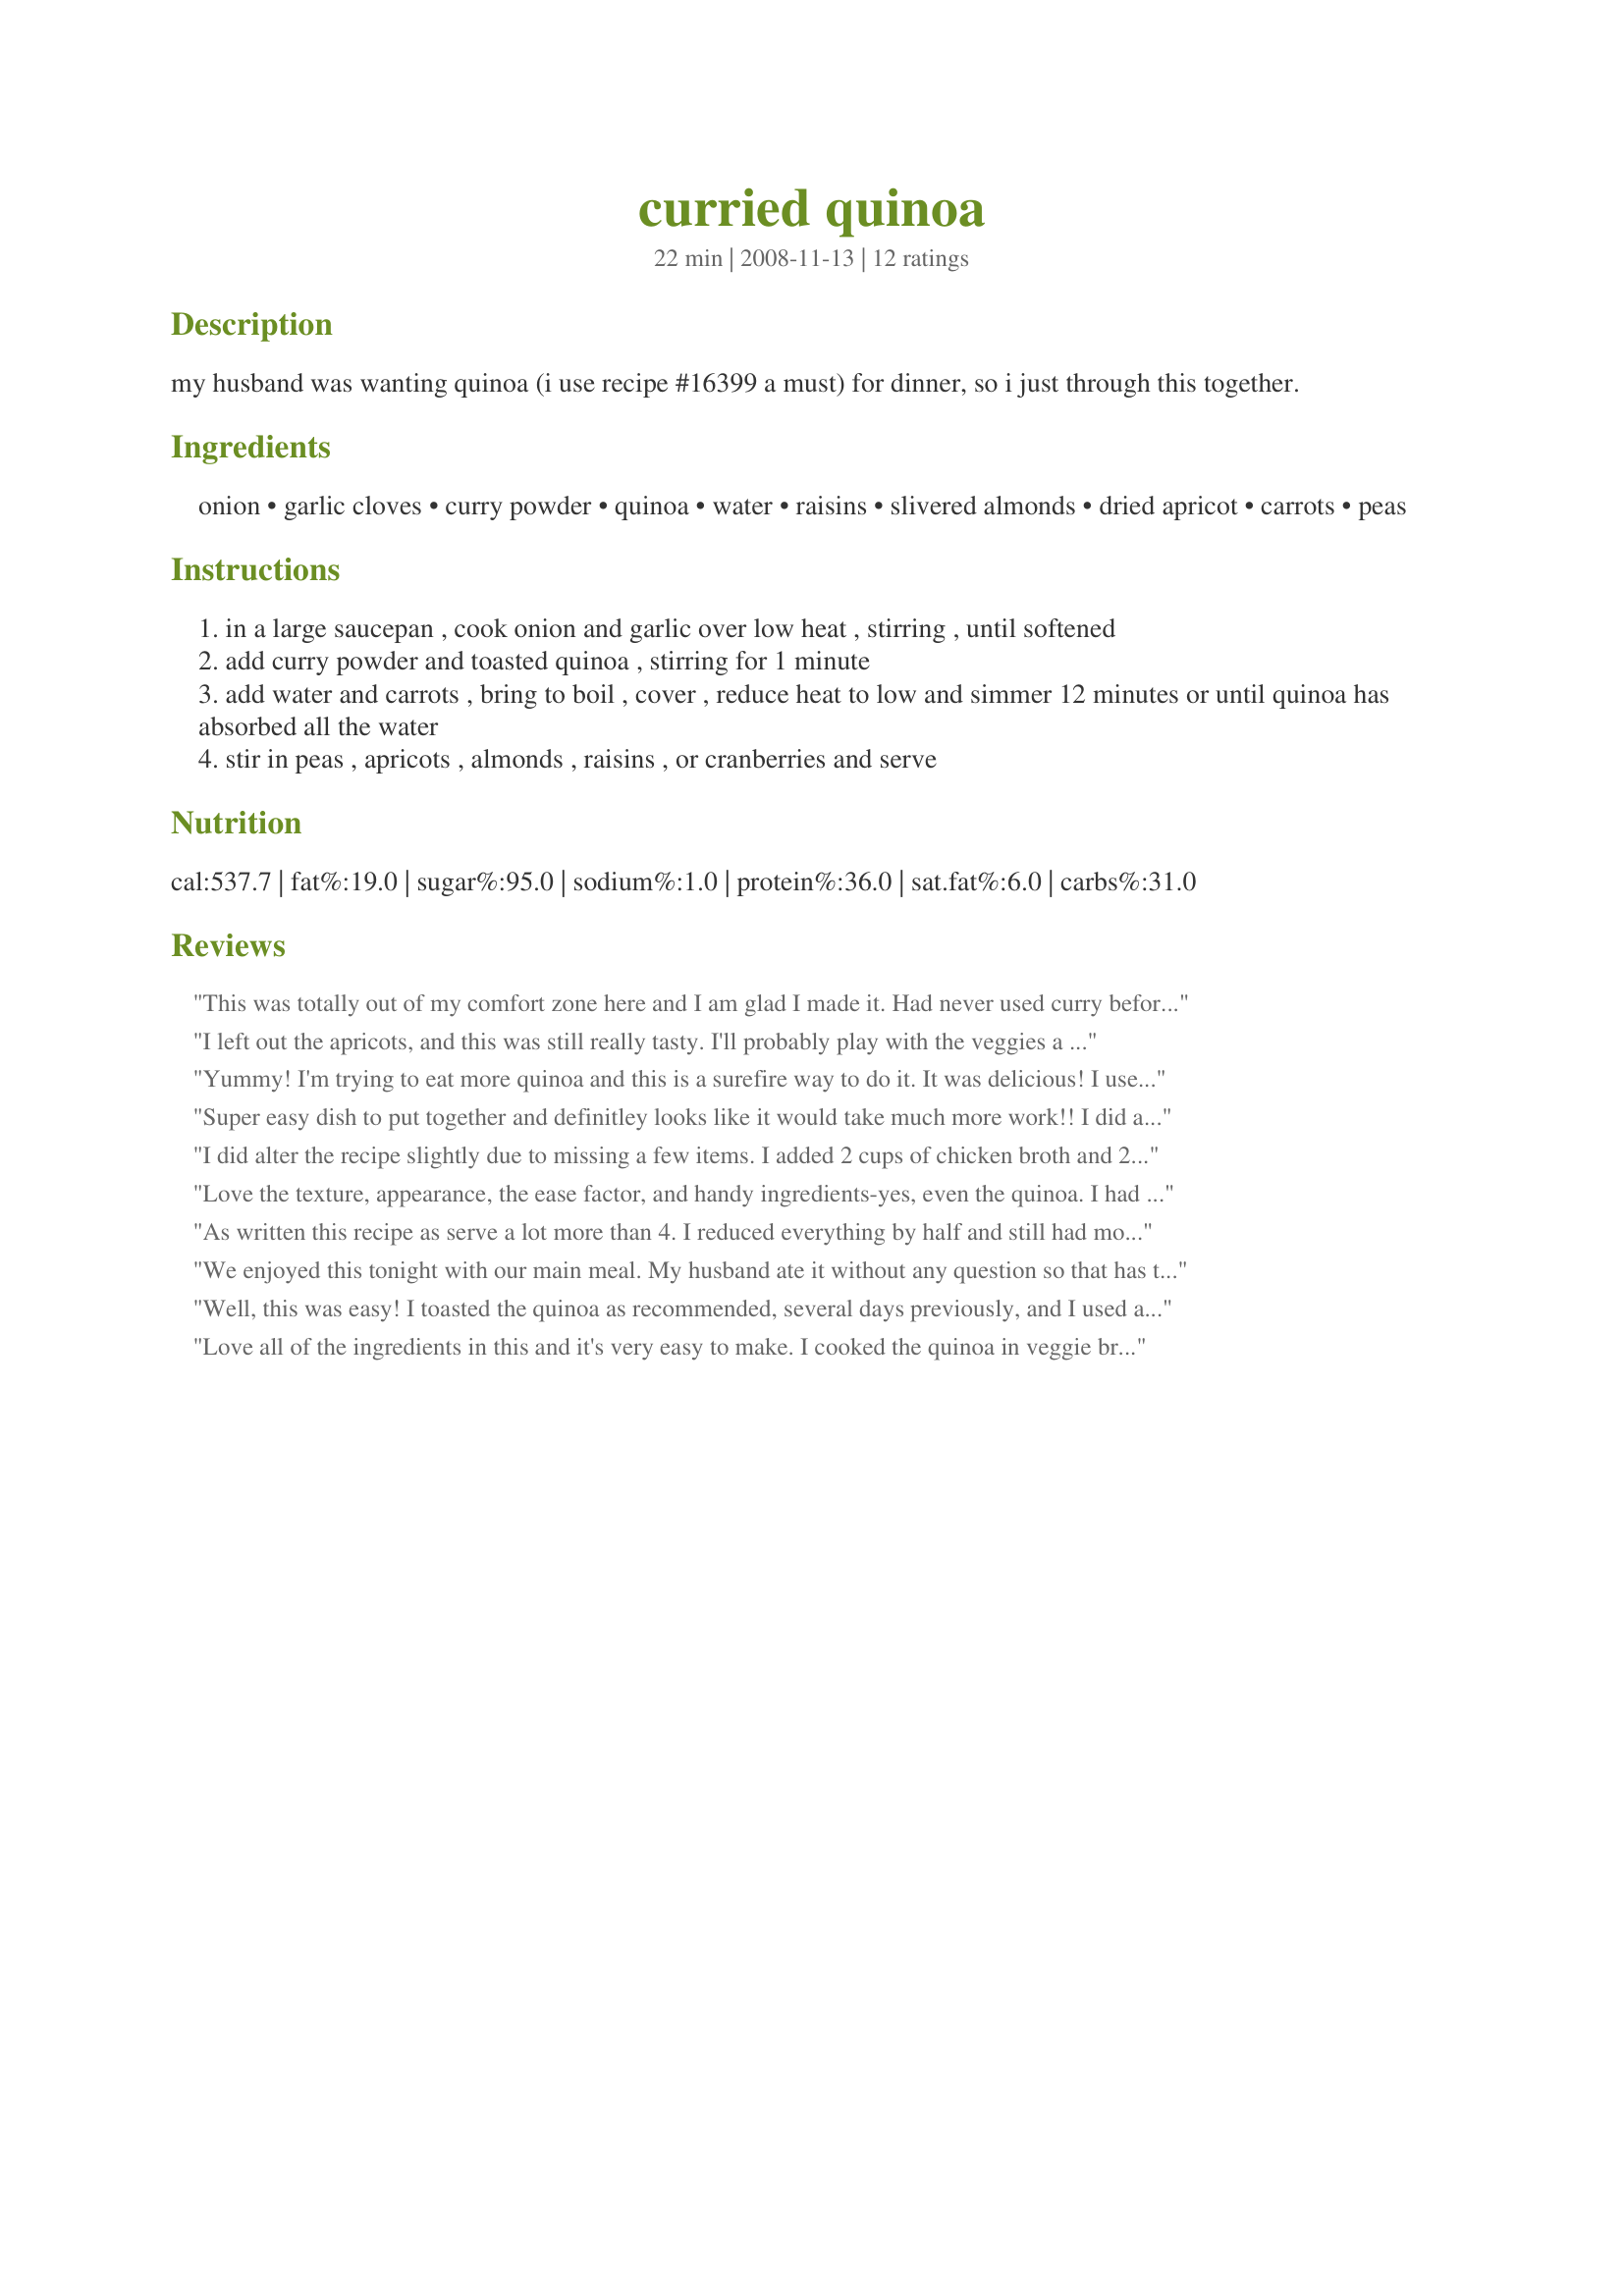
curried quinoa
Preparation time: 22 minutes

my husband was wanting quinoa (i use recipe #16399 a must) for dinner, so i just through this together.

Ingredients:
onion, garlic cloves, curry powder, quinoa, water, raisins, slivered almonds, dried apricot, carrots, peas

Steps:
in a large saucepan , cook onion and garlic over low heat , stirring , until softened
add curry powder and toasted quinoa , stirring for 1 minute
add water and carrots , bring to boil , cover , reduce heat to low and simmer 12 minutes or until quinoa has absorbed all the water
stir in peas , apricots , almonds , raisins , or cranberries and serve

Reviews:
This was totally out of my comfort zone here and I am glad I made it. Had never used curry before (I'm a tried and true American mid-westerner) so I went out and bought some specifically for this recipe. I did toast my quinoa as recommended and the recipe worked out great as written. I loved the fruit and the nuts. . .would probably have left out the peas, but it did add some green to my lunch today :) I added Seasoning Salt at the end. Made for VEG*N TAG. Thanks.
I left out the apricots, and this was still really tasty. I'll probably play with the veggies a bit more next time. This was my first attempt at making quinoa, and it was definitely a success!
Yummy! I'm trying to eat more quinoa and this is a surefire way to do it. It was delicious! I used walnuts instead of almonds and left out the peas. I also didn't cook the carrots. I used Recipe #16399 for the roasted quinoa. It did need some salt and pepper for us. Will make again. Made for Newest Recipe Tag Game 2009.
Super easy dish to put together and definitley looks like it would take much more work!! I did add 1 tablespoon curry paste in addition to the curry powder for DH's enjoyment and we threw on a bit of season salt. I think next time we will play with the veggies...CheekyMommy suggested zucchini and that might be one to try. Very simple, quick, and tasty! Made for Veg*n Swap 26!!
I did alter the recipe slightly due to missing a few items. I added 2 cups of chicken broth and 2 cups of water instead of 4 cups of water for more flavor. I also sauteed a zuchanni with the garlic and onion. I omited the apricot and almonds due to not having any. Instead I added chopped up apple near the end. Overall it was good, but still missing something. I'm not sure what!
Love the texture, appearance, the ease factor, and handy ingredients-yes, even the quinoa. I had toasted mine as suggested. Next time I will reduce the curry powder by a third. I had frozen peas so put them in the last 2 minutes of simmering. Thank you for sharing Debbwl. Made for Everyday Is a Holiday.
As written this recipe as serve a lot more than 4. I reduced everything by half and still had more than 4 generous servings. This has a nice flavor and I loved the addition of the veggies and dried fruits. A good combination of flavor and color. Made for Vegetarian African Challenge during ZWT 7.
We enjoyed this tonight with our main meal. My husband ate it without any question so that has to be a good thing! I did cut it in half because there is just the two of us. Even with doing that, I think that the 2 cups of uncooked quinoa made a huge amount for just two as a side. I too think perhaps the peas were out of place but I still enjoyed them fine. Made for Everyday tag.
Well, this was easy! I toasted the quinoa as recommended, several days previously, and I used a Roast Garam Masala for my curry powder. I'm not a raisin lover so I left them out, but otherwise as directed, and I love this!
My DH said it needed seasoning, but I like it as is, he can season his separately if he so desires!
This was delicious warm, but I am having it cold as my office lunch, it makes a marvellous 'salad'!

Thanks, Deb! Made for Vegetarian Tag#9, April 09
Love all of the ingredients in this and it's very easy to make. I cooked the quinoa in veggie broth for a bit of extra flavour, which I think was a good thing. Otherwise I made as written except that I was out of carrots so used an orange bell pepper instead. 2 cups of dry quinoa is definitely a lot - this made the perfect amount for a potluck dish though! Thanks Debbwl...made for ZWT4.
Tons and tons of flavor! I used a hot African curry powder and simmered everything in chicken broth instead of water. I also subbed cranberries for the raisins and left out the almonds (otherwise DH wouldn't have touched it). Otherwise made as written. We thoroughly enjoyed this lovely quinoa!
This is a wonderful recipe with a very pretty presentation and yummy taste!<br/>I loved the raisins in combination with the nuts, quinoa and curry! What a great idea to add fruit to your pilaf! Mmmm!<br/>I left out the apricots, but doubled the raisins as Im not a fan of dried apricots. I think next time I might even add 1/2 cup more of raisins as I think they really make the dish!<br/>For me the peas and carrots were a great touch and I would not leave them out.<br/>All in all a great dish that I will make again, but adding in some salt and maybe a touch of cayenne.<br/>THANK YOU SO MUCH for sharing this great and versatile recipe with us, Debbie!<br/>Made and reviewed for Veggie Swap #26 September 2010.
